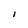
Character: l